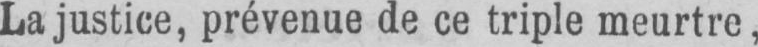
La justice, prévenue de ce triple meurtre,